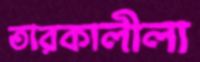
তারকালীলা